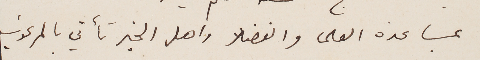
بمساعدة العلما والفضلا واهل الخير تأتي بالمرغوب